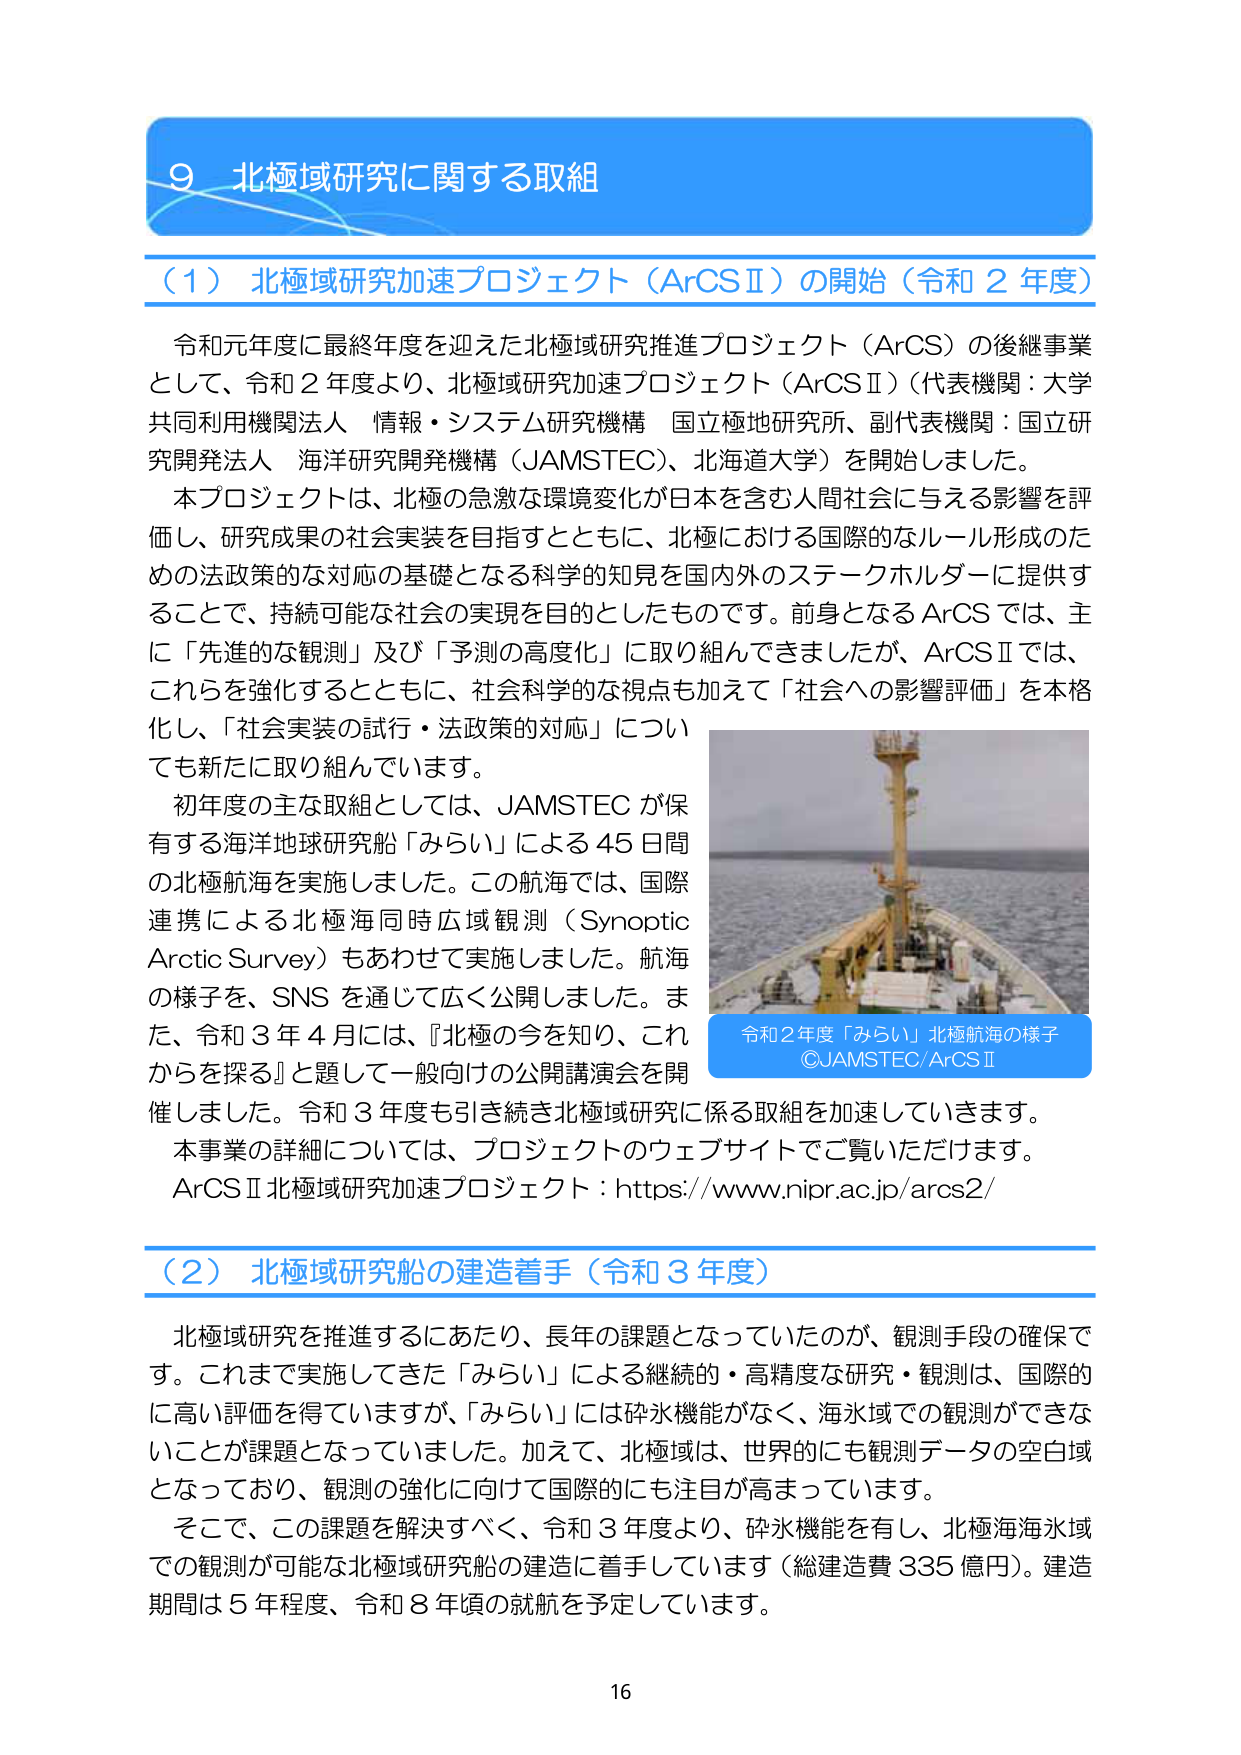
9 北極域研究に関する取組

（1）北極域研究加速プロジェクト（ArCSⅡ）の開始（令和2年度）

令和元年度に最終年度を迎えた北極域研究推進プロジェクト（ArCS）の後継事業として、令和2年度より、北極域研究加速プロジェクト（ArCSⅡ）（代表機関：大学共同利用機関法人 情報・システム研究機構 国立極地研究所、副代表機関：国立研究開発法人 海洋研究開発機構（JAMSTEC）、北海道大学）を開始しました。

本プロジェクトは、北極の急激な環境変化が日本を含む人間社会に与える影響を評価し、研究成果の社会実装を目指すとともに、北極における国際的なルール形成のための法政策的な対応の基礎となる科学的知見を国内外のステークホルダーに提供することで、持続可能な社会の実現を目的としたものです。前身となるArCSでは、主に「先進的な観測」及び「予測の高度化」に取り組んできましたが、ArCSⅡでは、これらを強化するとともに、社会科学的な視点も加えて「社会への影響評価」を本格化し、「社会実装の試行・法政策的対応」についても新たに取り組んでいます。

初年度の主な取組としては、JAMSTECが保有する海洋地球研究船「みらい」による45日間の北極航海を実施しました。この航海では、国際連携による北極海同時広域観測（Synoptic Arctic Survey）もあわせて実施しました。航海の様子を、SNSを通じて広く公開しました。また、令和3年4月には、『北極の今を知り、これからを探る』と題して一般向けの公開講演会を開催しました。令和3年度も引き続き北極域研究に係る取組を加速していきます。

本事業の詳細については、プロジェクトのウェブサイトでご覧いただけます。
ArCSⅡ北極域研究加速プロジェクト：https://www.nipr.ac.jp/arcs2/

令和2年度「みらい」北極航海の様子
©JAMSTEC/ArCSⅡ

（2）北極域研究船の建造着手（令和3年度）

北極域研究を推進するにあたり、長年の課題となっていたのが、観測手段の確保です。これまで実施してきた「みらい」による継続的・高精度な研究・観測は、国際的に高い評価を得ていますが、「みらい」には砕氷機能がなく、海氷域での観測ができないことが課題となっていました。加えて、北極域は、世界的にも観測データの空白域となっており、観測の強化に向けて国際的にも注目が高まっています。

そこで、この課題を解決すべく、令和3年度より、砕氷機能を有し、北極海海氷域での観測が可能な北極域研究船の建造に着手しています（総建造費335億円）。建造期間は5年程度、令和8年頃の就航を予定しています。

16